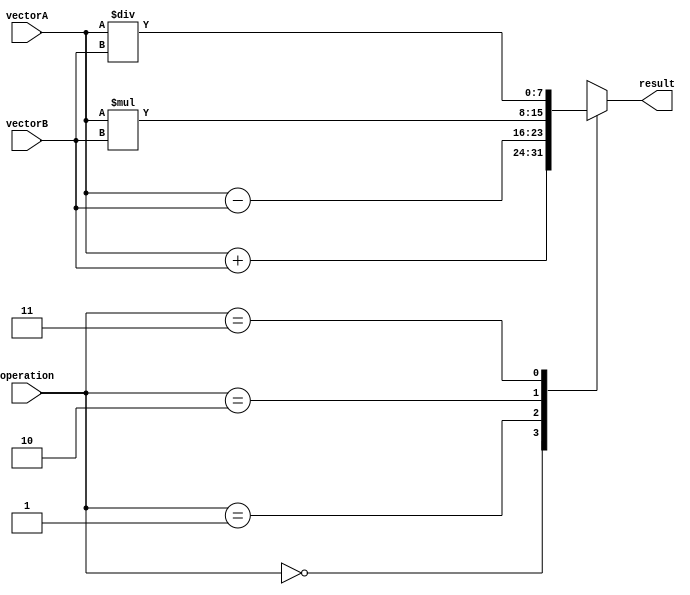
module VectorALU (
    input [7:0] vectorA,
    input [7:0] vectorB,
    input [1:0] operation,
    output reg [7:0] result
);

always @(*) begin
    case(operation)
        2'b00: result = vectorA + vectorB; // addition
        2'b01: result = vectorA - vectorB; // subtraction
        2'b10: result = vectorA * vectorB; // multiplication
        2'b11: result = vectorA / vectorB; // division
    endcase
end

endmodule